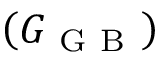
\left( G _ { \mathrm { ~ G ~ B ~ } } \right)